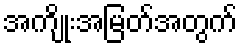
အကျိုးအမြတ်အတွက်